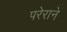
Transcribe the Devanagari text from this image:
परेराने